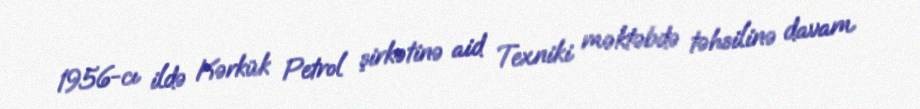
1956-cı ildə Kərkük Petrol şirkətinə aid Texniki məktəbdə təhsilinə davam